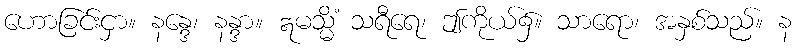
ဟောခြင်းငှာ။ နန္ဒေ၊ နန္ဒာ။ ဣမသ္မိံ သရီရေ၊ ဤကိုယ်၌။ သာရော၊ အနှစ်သည်။ န